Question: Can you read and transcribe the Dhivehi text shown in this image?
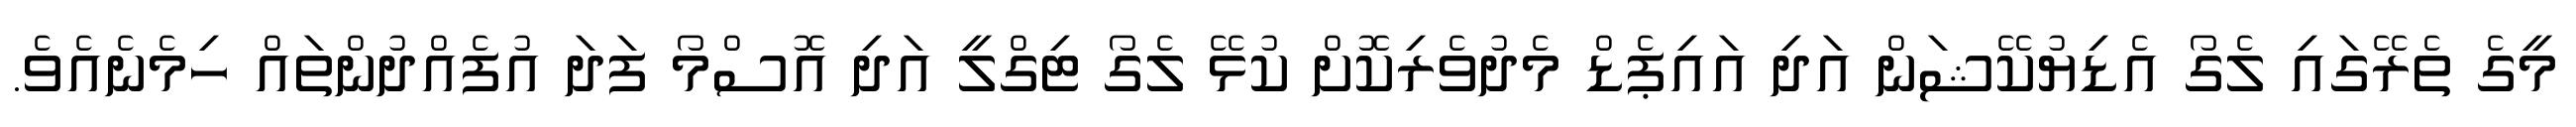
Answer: މީގެ ތެރޭގައި ލެގޯ އެޑިޔުކޭޝަން އަދި އައިޕެޑް މެދުވެރިކޮށް ކުޅޭ ލެގޯ ޓިގްލީ އަދި އޮސްމޯ ފަދަ އުފެއްދުންތައް ހިމެނެއެވެ.